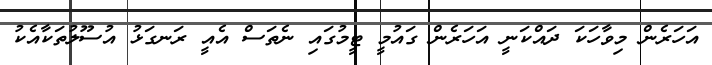
އަހަރެން މިވާހަކަ ދައްކަނީ އަހަރެން ގައުމީ ޓީމުގައި ނެތަސް އެއީ ރަނގަޅު އުސޫލުތަކާއެކު